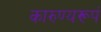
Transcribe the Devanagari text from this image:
कारुण्यरूपं